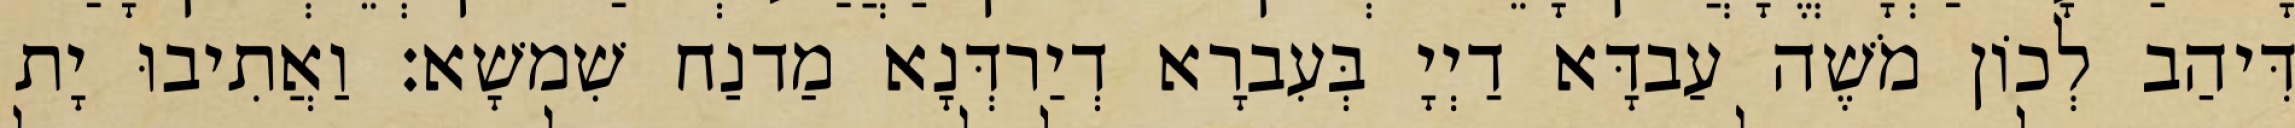
דִּיהַב לְכוֹן מֹשֶׁה עַבדָּא דַיְיָ בְּעִברָא דְיַרדְּנָא מַדנַח שִׁמשָׁא׃ וַאֲתִיבוּ יָת